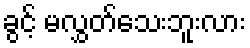
ခွင့် မလွှတ်သေးဘူးလား